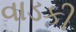
વાડકી